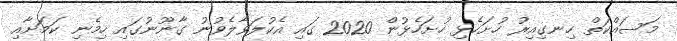
މަސައްކަތް ހިނގިއިރު ހުށަހެޅި ހުށަހެޅުުން 2020 ގައި އެކުލަވާލެވުނު ގާނޫނުގައި ހިމެނި ކަމަށާއި